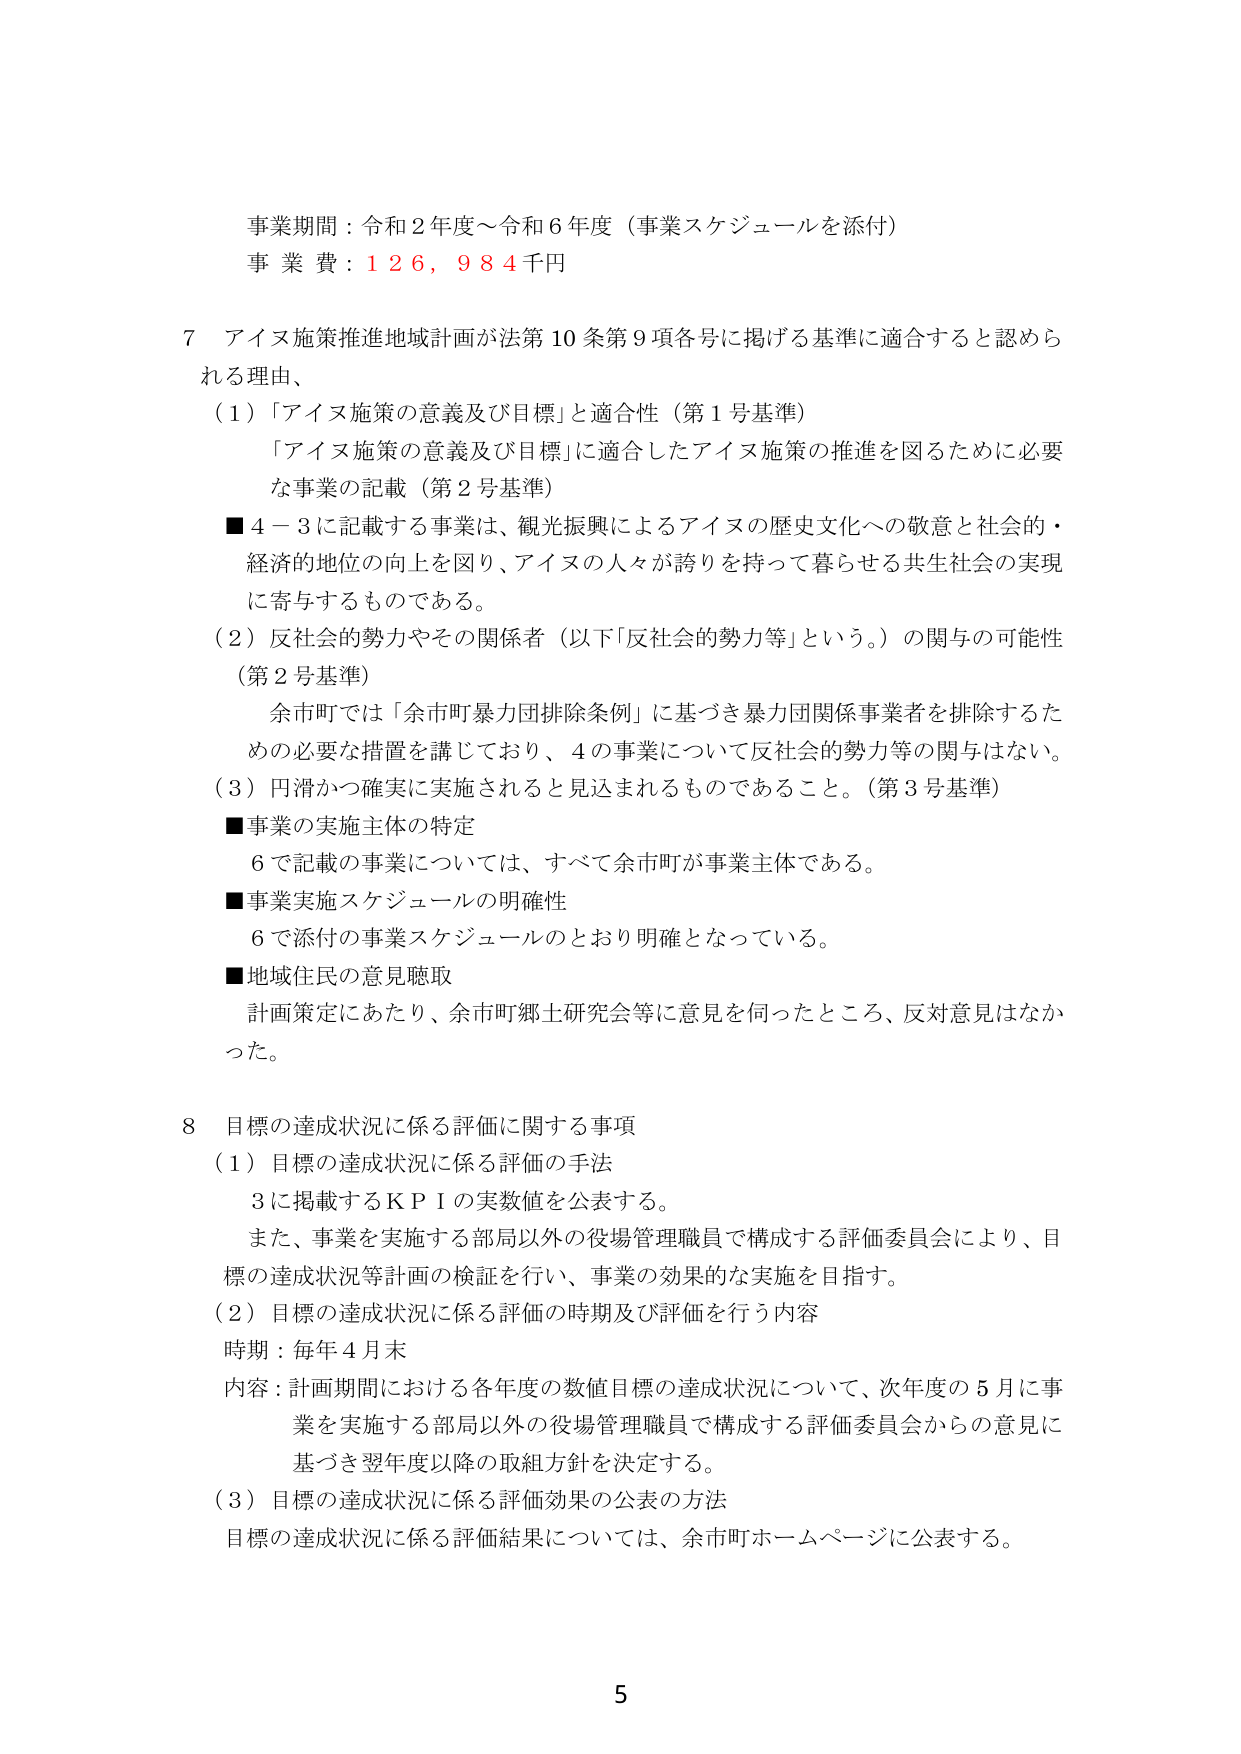
事業期間：令和２年度～令和６年度（事業スケジュールを添付）
事 業 費：１２６，９８４千円

７ アイヌ施策推進地域計画が法第10条第9項各号に掲げる基準に適合すると認められる理由、
（１）「アイヌ施策の意義及び目標」と適合性（第１号基準）
　「アイヌ施策の意義及び目標」に適合したアイヌ施策の推進を図るために必要な事業の記載（第２号基準）
■４－３に記載する事業は、観光振興によるアイヌの歴史文化への敬意と社会的・経済的地位の向上を図り、アイヌの人々が誇りを持って暮らせる共生社会の実現に寄与するものである。
（２）反社会的勢力やその関係者（以下「反社会的勢力等」という。）の関与の可能性（第２号基準）
　余市町では「余市町暴力団排除条例」に基づき暴力団関係事業者を排除するための必要な措置を講じており、４の事業について反社会的勢力等の関与はない。
（３）円滑かつ確実に実施されると見込まれるものであること。（第３号基準）
■事業の実施主体の特定
　６で記載の事業については、すべて余市町が事業主体である。
■事業実施スケジュールの明確性
　６で添付の事業スケジュールのとおり明確となっている。
■地域住民の意見聴取
　計画策定にあたり、余市町郷土研究会等に意見を伺ったところ、反対意見はなかった。

８ 目標の達成状況に係る評価に関する事項
（１）目標の達成状況に係る評価の手法
　３に掲載するＫＰＩの実数値を公表する。
　また、事業を実施する部局以外の役場管理職員で構成する評価委員会により、目標の達成状況等計画の検証を行い、事業の効果的な実施を目指す。
（２）目標の達成状況に係る評価の時期及び評価を行う内容
　時期：毎年４月末
　内容：計画期間における各年度の数値目標の達成状況について、次年度の５月に事業を実施する部局以外の役場管理職員で構成する評価委員会からの意見に基づき翌年度以降の取組方針を決定する。
（３）目標の達成状況に係る評価効果の公表の方法
　目標の達成状況に係る評価結果については、余市町ホームページに公表する。

5